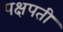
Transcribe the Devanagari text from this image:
पक्षपती